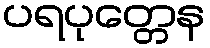
ပရပုတ္တေန